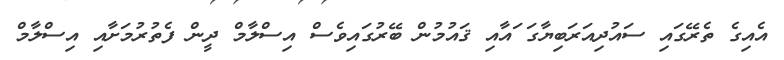
އެއިގެ ތެރޭގައި ސައުދިއަރަބިޔާގަ ައާއި ޤައުމުން ބޭރުގައިވެސް އިސްލާމް ދީން ފެތުރުމަށާއި އިސްލާމް